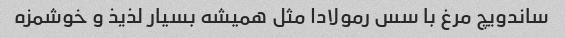
ساندویچ مرغ با سس رمولادا مثل همیشه بسیار لذیذ و خوشمزه